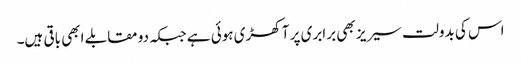
اس کی بدولت سیریز بھی برابری پر آ کھڑی ہوئی ہے جبکہ دو مقابلے ابھی باقی ہیں۔